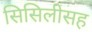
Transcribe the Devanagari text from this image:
सिसिलीसह